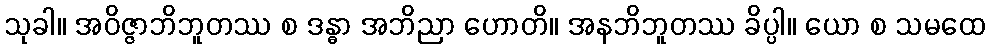
သုခါ။ အဝိဇ္ဇာဘိဘူတဿ စ ဒန္ဓာ အဘိညာ ဟောတိ။ အနဘိဘူတဿ ခိပ္ပါ။ ယော စ သမထေ